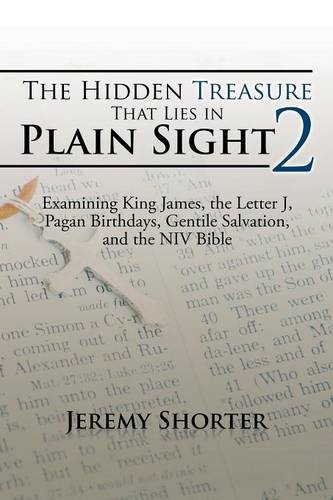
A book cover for The Hidden Treasure That Lies in Plain Sight 2: Examining King James, the Letter J, Pagan Birthdays, Gentile Salvation, and the NIV Bible; Jeremy Shorter; Religion & Spirituality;